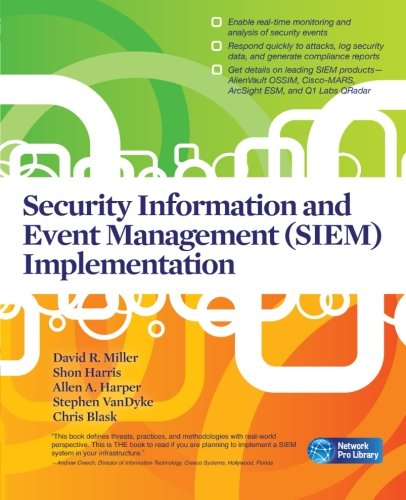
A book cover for Security Information and Event Management (SIEM) Implementation (Network Pro Library); David R. Miller; Computers & Technology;